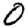
Digit: 0